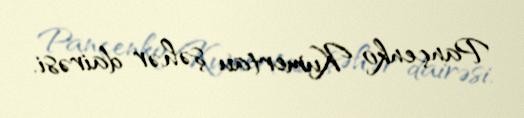
Pançenko Kumertau şəhər dairəsi.